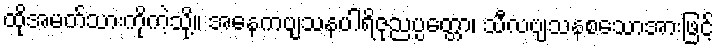
ထိုအမတ်သားကိုကဲ့သို့။ အနေကဗျသနပါရိဇုညပ္ပတ္တော၊ သီလဗျသနစသောအားဖြင့်